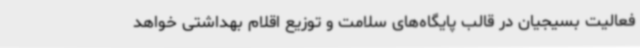
فعالیت بسیجیان در قالب پایگاه‌های سلامت و توزیع اقلام بهداشتی خواهد